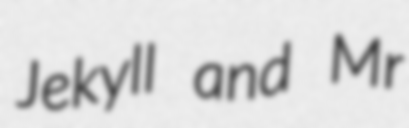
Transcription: Jekyll and Mr